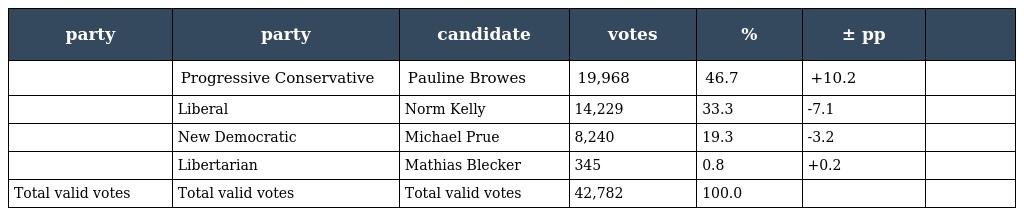
| party | party | candidate | votes | % | ± pp |  |
 | --- | --- | --- | --- | --- | --- | --- |
 |  | Progressive Conservative | Pauline Browes | 19,968 | 46.7 | +10.2 |  |
 |  | Liberal | Norm Kelly | 14,229 | 33.3 | -7.1 |  |
 |  | New Democratic | Michael Prue | 8,240 | 19.3 | -3.2 |  |
 |  | Libertarian | Mathias Blecker | 345 | 0.8 | +0.2 |  |
 | Total valid votes | Total valid votes | Total valid votes | 42,782 | 100.0 |  |  |